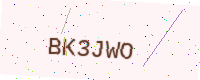
Text: BK3JWO